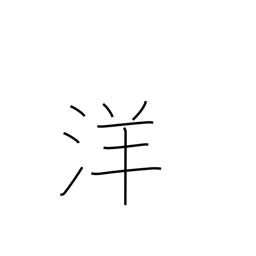
Meaning: Western style